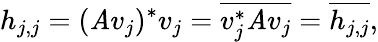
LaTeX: h_{j,j}=(\mathit{A}v_{j})^{*}v_{j}={\overline{{{v_{j}^{*}\mathit{A}v_{j}}}}}={\overline{{{h_{j,j}}}}},